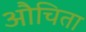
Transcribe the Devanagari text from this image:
औचिता